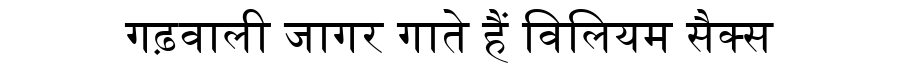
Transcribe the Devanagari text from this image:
गढ़वाली जागर गाते हैं विलियम सैक्स